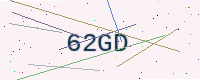
Text: 62GD